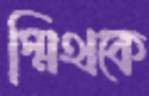
স্মিথকে